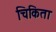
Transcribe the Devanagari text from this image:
चिकिता